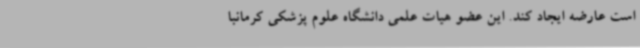
است عارضه ایجاد کند. این عضو هیات علمی دانشگاه علوم پزشکی کرمانبا